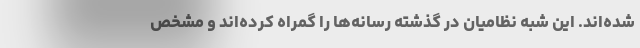
شده‌اند. این شبه نظامیان در گذشته رسانه‌ها را گمراه کرده‌اند و مشخص